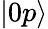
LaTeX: |0p\rangle